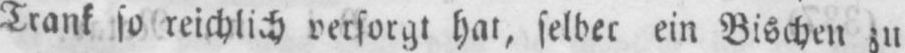
Trank so reichlich versorgt hat, selber ein Bischen zu